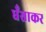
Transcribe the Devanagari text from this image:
धँसाकर